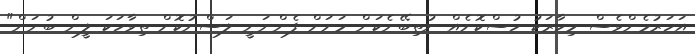
އަހަރުމެންވެސް މިހާރަކު ހުސްކޮށެއް ނުތިބޭނެކަން މަށަށް ފެންނަނީ ލަސްނުކޮށް ތިވާހަކަ ލީން ބުނަން"